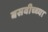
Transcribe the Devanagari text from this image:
बसवीच्च्या